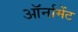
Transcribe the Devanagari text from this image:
ऑर्नामेंट